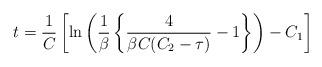
LaTeX: \begin{align*}t = \frac{1}{C} \left [ \ln \left (\frac{1}{\beta}\left \{\frac{4}{\beta C(C_{2} - \tau)} - 1 \right \} \right ) - C_{1} \right ]\end{align*}